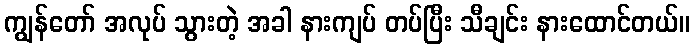
ကျွန်တော် အလုပ် သွားတဲ့ အခါ နားကျပ် တပ်ပြီး သီချင်း နားထောင်တယ်။